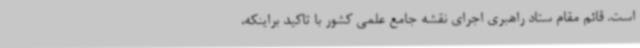
است. قائم مقام ستاد راهبری اجرای نقشه جامع علمی کشور با تاکید براینکه،